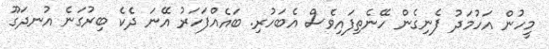
މީހުން އަހުމަދު ފެނިގެން ހޭނެތިފައިވެސް އެބަހުރި. ބައެއްފަހަރު އޭނަ ދެކެ ބިރުގަނެ އުނދަގޫ